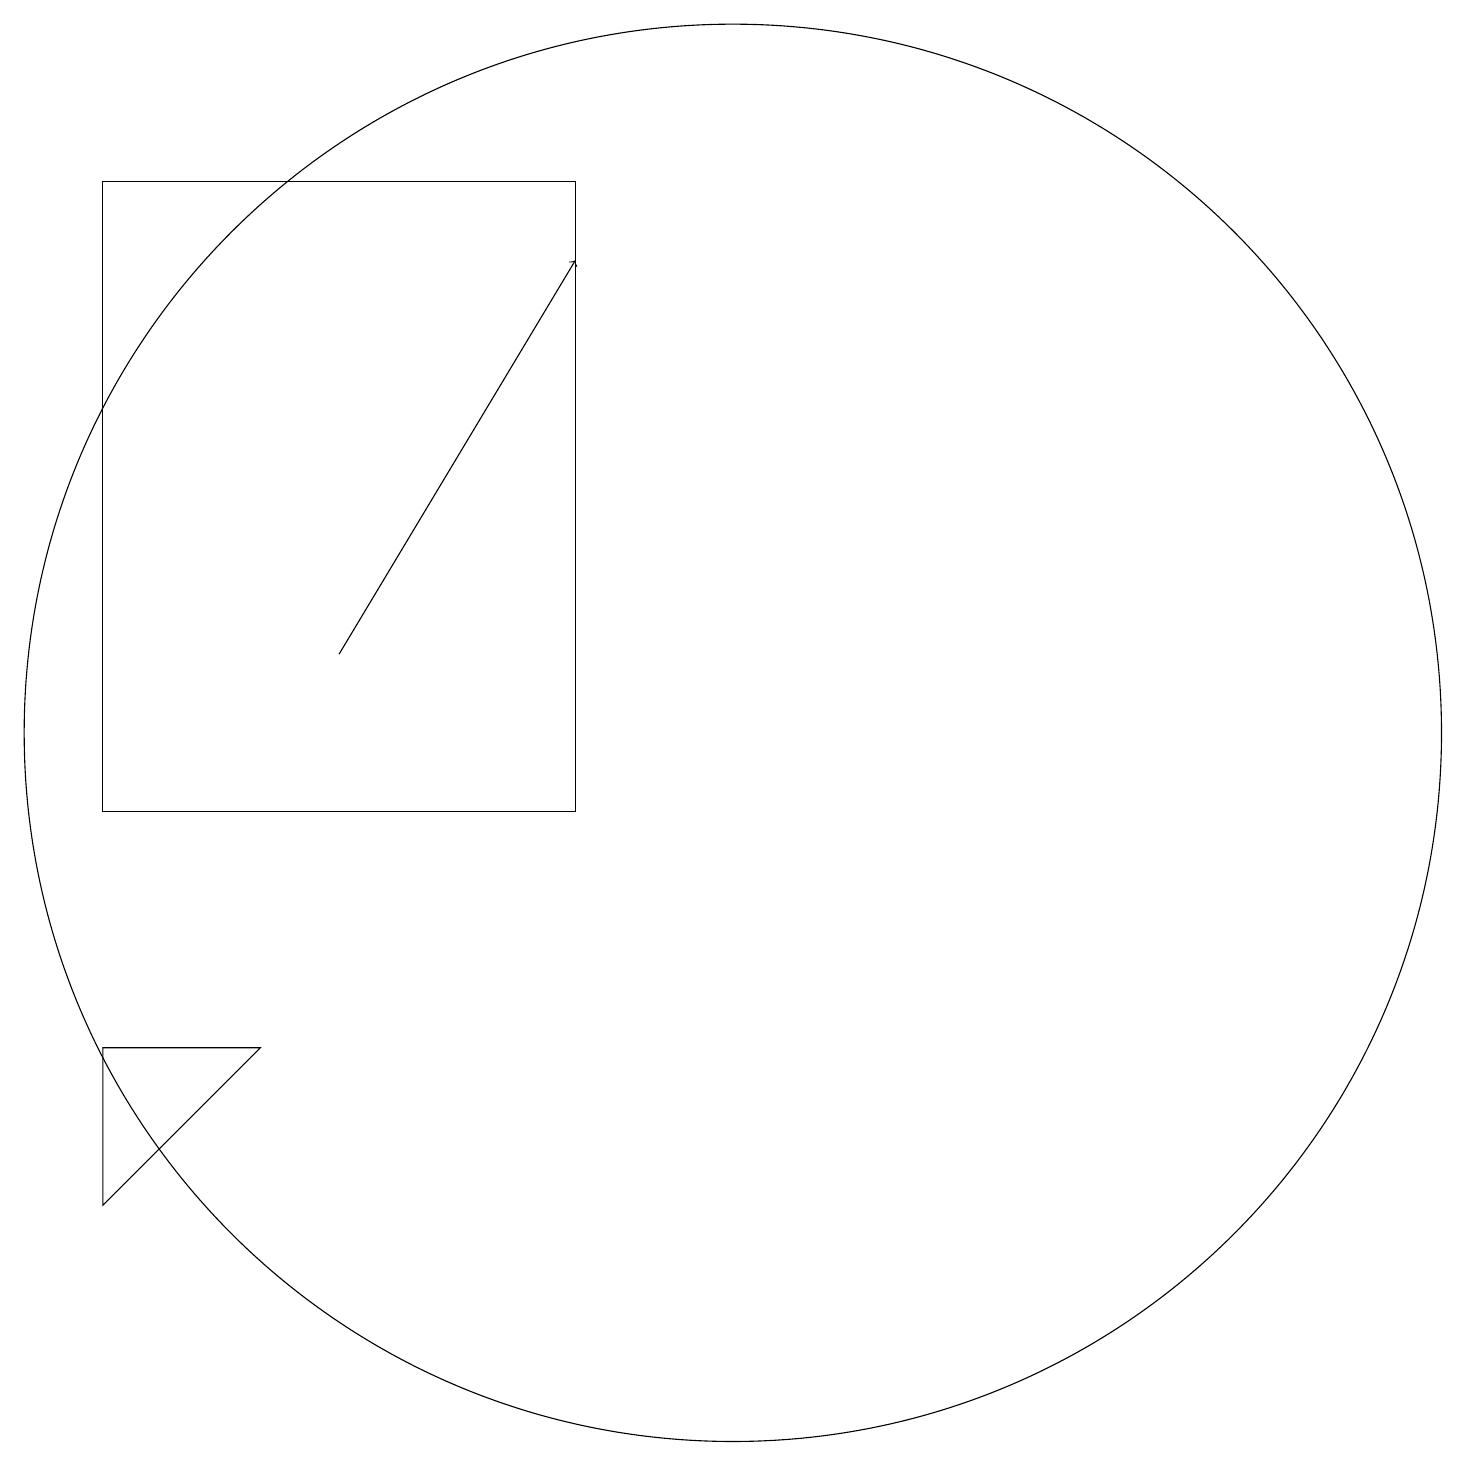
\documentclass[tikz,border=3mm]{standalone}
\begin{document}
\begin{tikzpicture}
\draw (11,11) circle (9);
\draw[->] (6,12) -- (9,17);
\draw (5,7) -- (3,5) -- (3,7) -- cycle;
\draw (3,18) rectangle (9,10);
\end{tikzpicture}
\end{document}